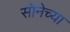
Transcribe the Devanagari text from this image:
सॉनेच्या